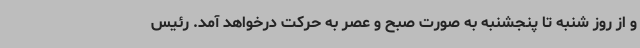
و از روز شنبه تا پنجشنبه به صورت صبح و عصر به حرکت درخواهد آمد. رئیس